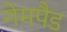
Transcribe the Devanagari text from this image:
गेमपैड